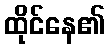
ထိုင်နေ၏